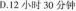
D.12小时30分钟